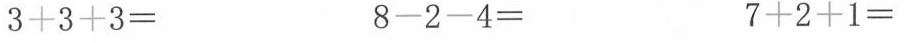
3+3+3= 8-2-4= 7+2+1=